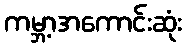
ကမ္ဘာ့အကောင်းဆုံး